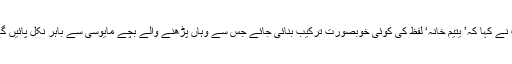
آپ نے کہا کہ’ یتیم خانہ‘ لفظ کی کوئی خوبصورت ترکیب بنائی جائے جس سے وہاں پڑھنے والے بچے مایوسی سے باہر نکل پائیں گے۔